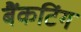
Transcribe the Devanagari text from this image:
बैंकटिंग